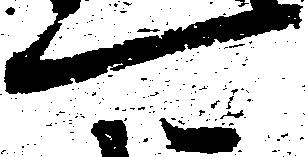
可